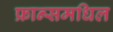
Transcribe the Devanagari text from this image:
फ्रान्समधिल